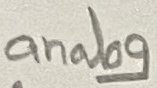
Text: analog